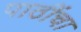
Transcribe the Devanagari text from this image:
पाठींचा